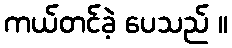
ကယ်တင်ခဲ့ ပေသည် ။